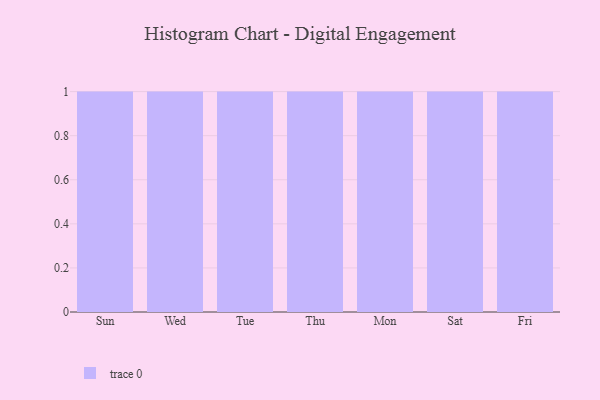
{"axis": {"x": "Day", "y": "Market Share (%)"}, "legend": [""], "data": [{"x": "Sun", "y": 53, "type": ""}, {"x": "Wed", "y": 62, "type": ""}, {"x": "Tue", "y": 15, "type": ""}, {"x": "Thu", "y": 61, "type": ""}, {"x": "Mon", "y": 41, "type": ""}, {"x": "Sat", "y": 53, "type": ""}, {"x": "Fri", "y": 8, "type": ""}]}